Annual administration report of the Civil Veterinary Department, Ajmere-Merwara, British Rajputana - 1914-1940
Year: 1914
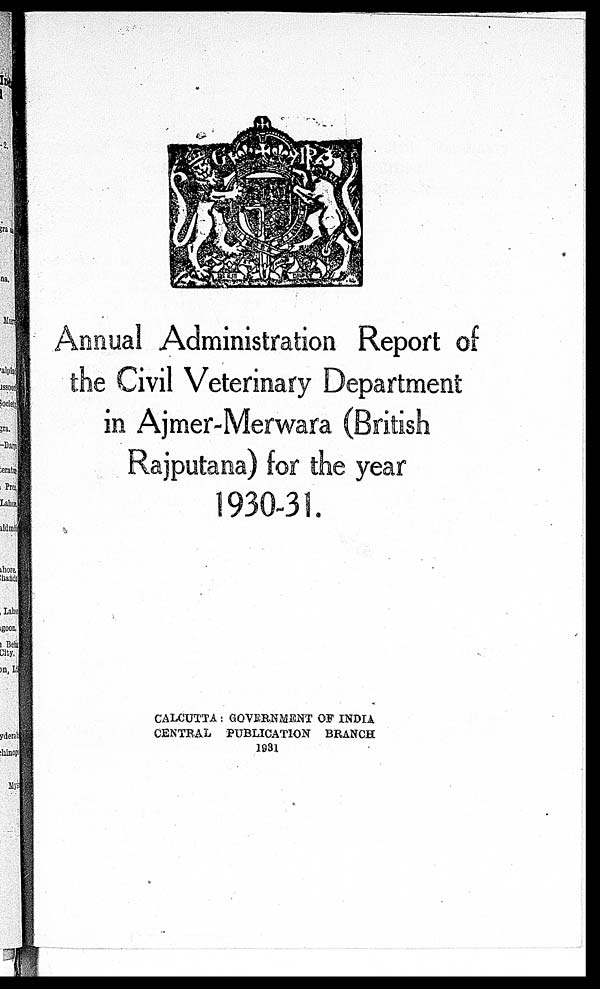
Annual Administration Report of
the Civil Veterinary Department
in Ajmer-Merwara (British
Rajputana) for the year
1930-31.
CALCUTTA: GOVERNMENT OF INDIA
CENTRAL PUBLICATION BRANCH
1931